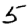
Digit: 5